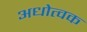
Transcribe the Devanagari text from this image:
अधोत्वक